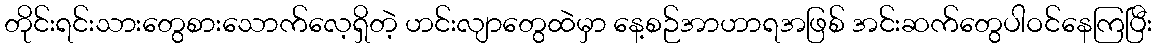
တိုင်းရင်းသားတွေစားသောက်လေ့ရှိတဲ့ ဟင်းလျာတွေထဲမှာ နေ့စဉ်အာဟာရအဖြစ် အင်းဆက်တွေပါဝင်နေကြပြီး